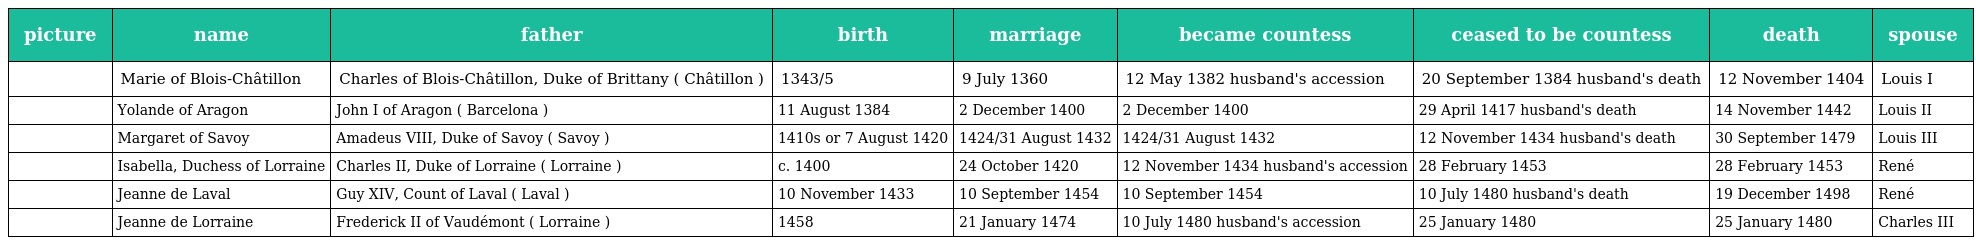
| picture | name | father | birth | marriage | became countess | ceased to be countess | death | spouse |
 | --- | --- | --- | --- | --- | --- | --- | --- | --- |
 |  | Marie of Blois-Châtillon | Charles of Blois-Châtillon, Duke of Brittany ( Châtillon ) | 1343/5 | 9 July 1360 | 12 May 1382 husband's accession | 20 September 1384 husband's death | 12 November 1404 | Louis I |
 |  | Yolande of Aragon | John I of Aragon ( Barcelona ) | 11 August 1384 | 2 December 1400 | 2 December 1400 | 29 April 1417 husband's death | 14 November 1442 | Louis II |
 |  | Margaret of Savoy | Amadeus VIII, Duke of Savoy ( Savoy ) | 1410s or 7 August 1420 | 1424/31 August 1432 | 1424/31 August 1432 | 12 November 1434 husband's death | 30 September 1479 | Louis III |
 |  | Isabella, Duchess of Lorraine | Charles II, Duke of Lorraine ( Lorraine ) | c. 1400 | 24 October 1420 | 12 November 1434 husband's accession | 28 February 1453 | 28 February 1453 | René |
 |  | Jeanne de Laval | Guy XIV, Count of Laval ( Laval ) | 10 November 1433 | 10 September 1454 | 10 September 1454 | 10 July 1480 husband's death | 19 December 1498 | René |
 |  | Jeanne de Lorraine | Frederick II of Vaudémont ( Lorraine ) | 1458 | 21 January 1474 | 10 July 1480 husband's accession | 25 January 1480 | 25 January 1480 | Charles III |